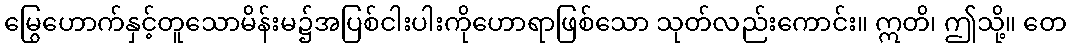
မြွေဟောက်နှင့်တူသောမိန်းမ၌အပြစ်ငါးပါးကိုဟောရာဖြစ်သော သုတ်လည်းကောင်း။ ဣတိ၊ ဤသို့။ တေ